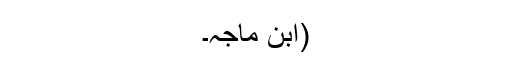
(ابن ماجہ۔